Kuressaare_kinnistusamet, lk 13
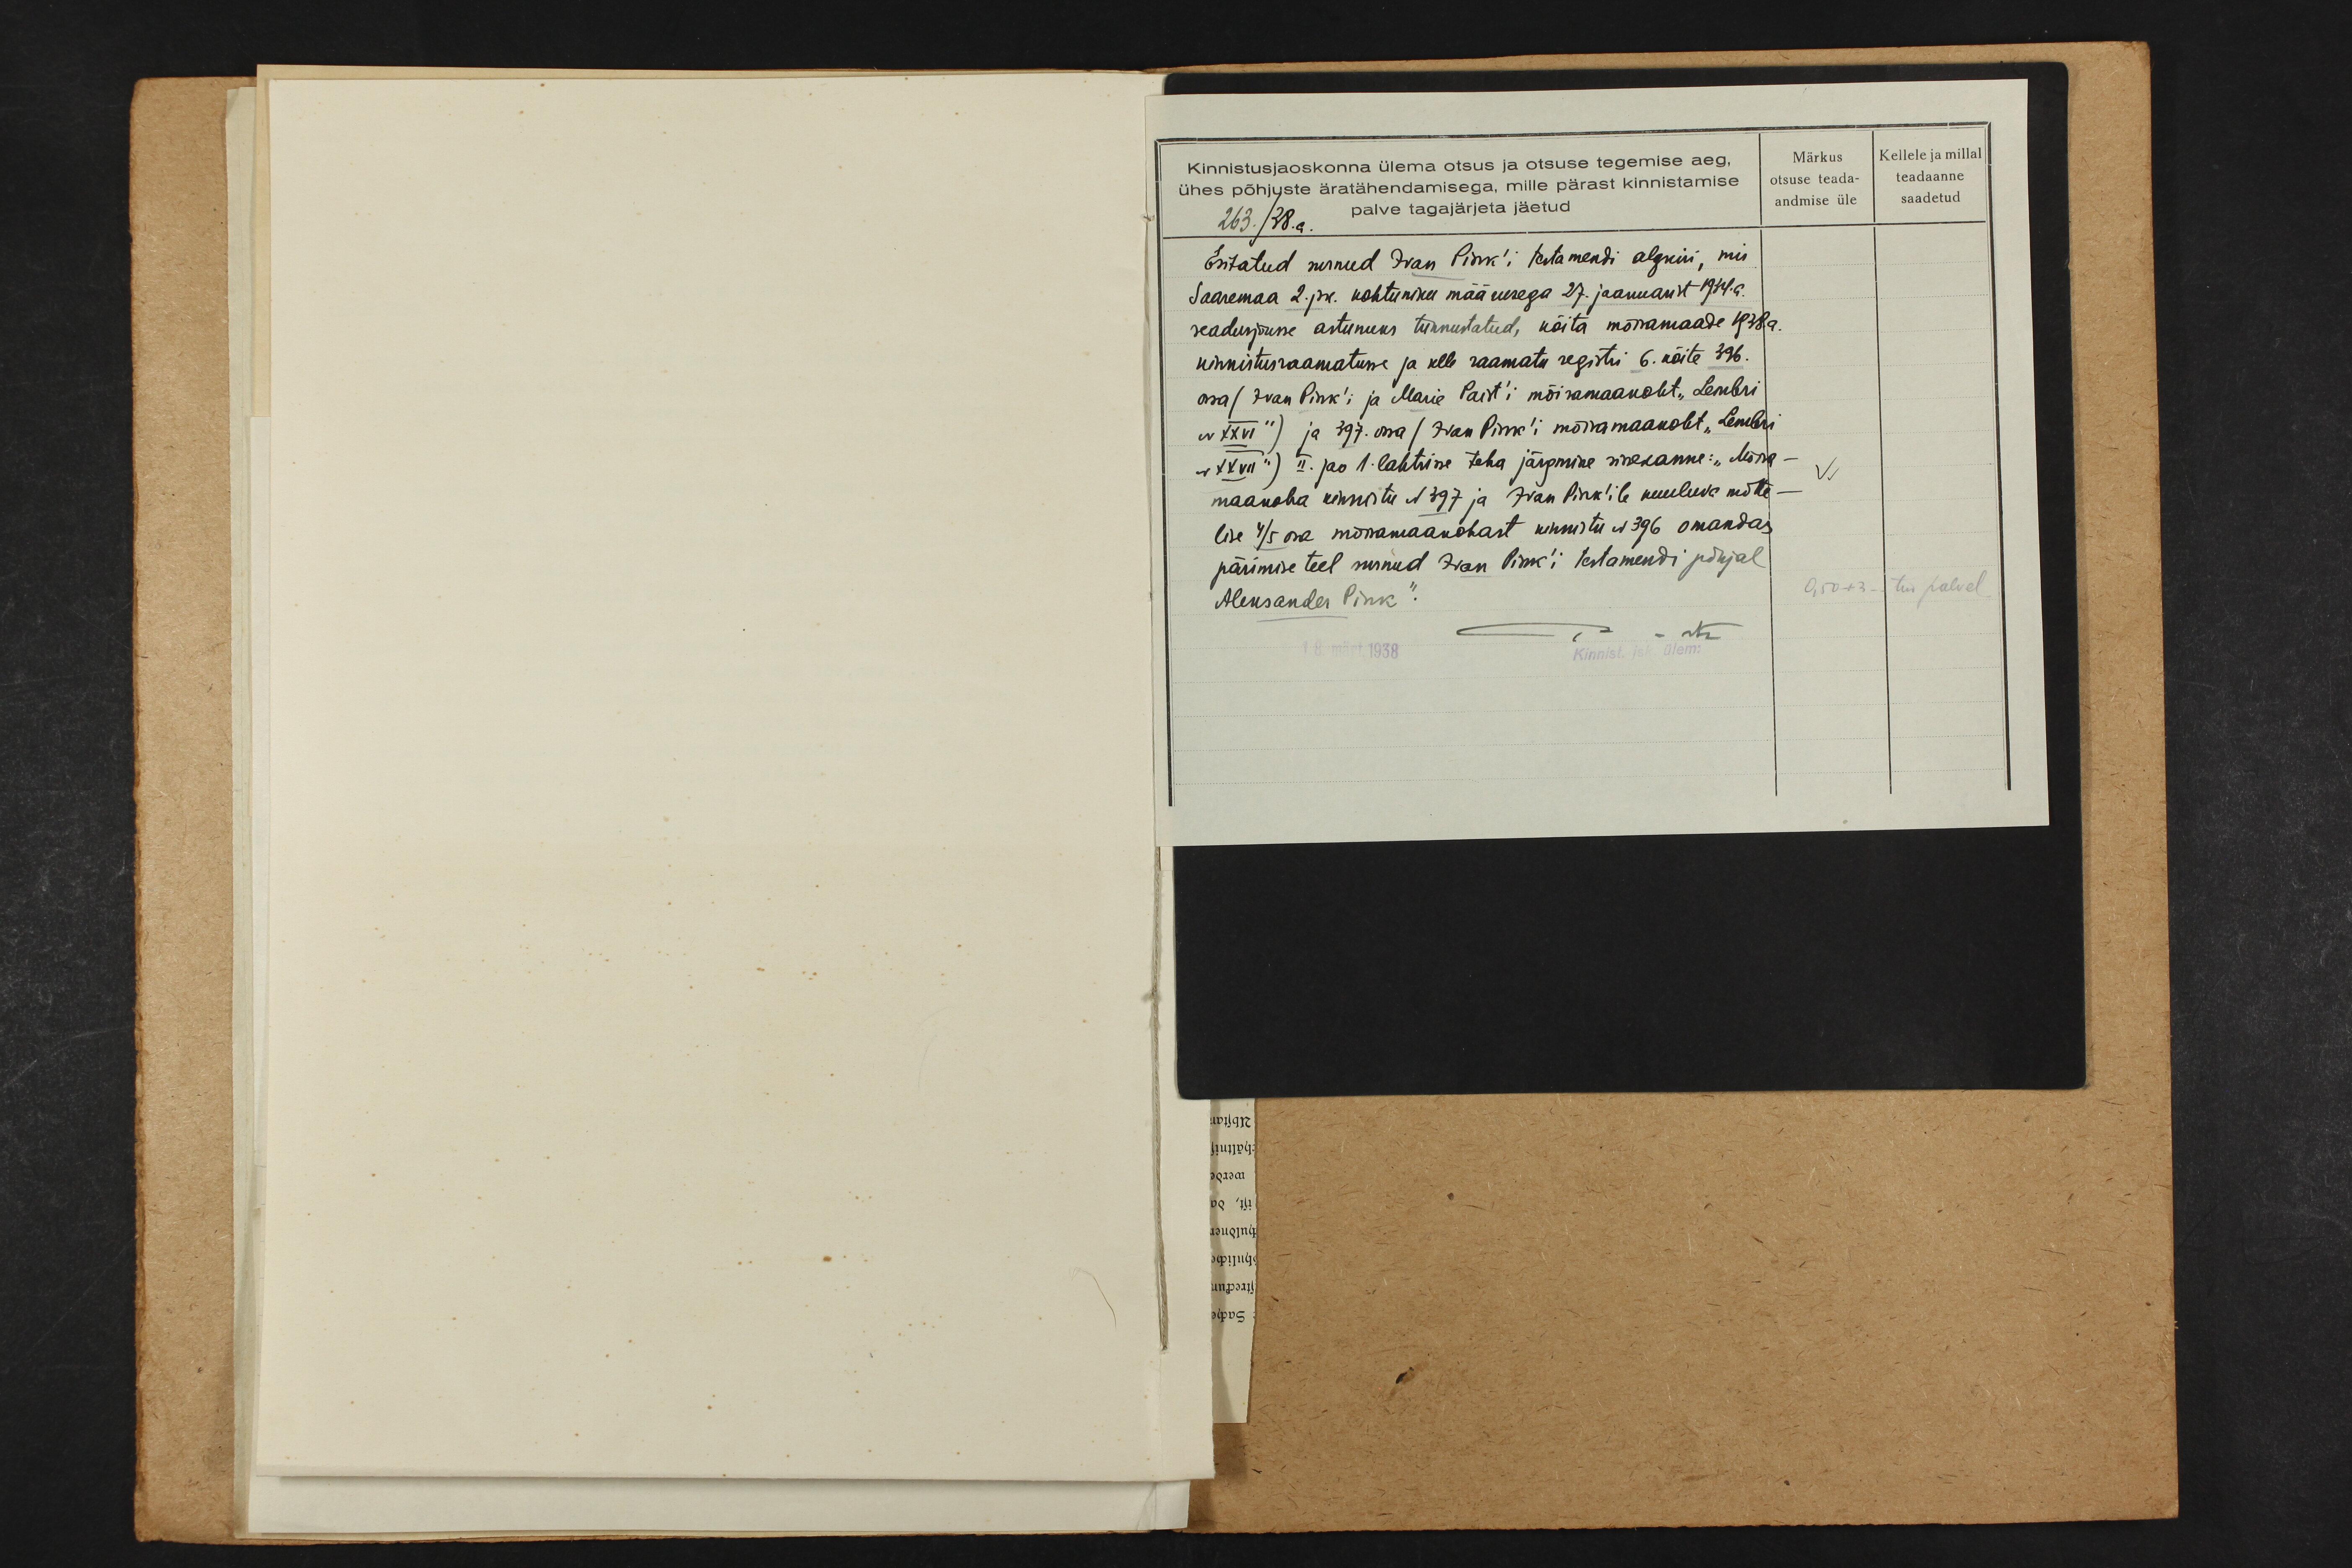
Kinnistusjaoskonna ülema otsus ja otsuse tegemise aeg.
Märkus
Kellele ja millal
ühes põhjuste äratähendamisega, mille pärast kinnistamise
otsuse teada
teadaanne
andmise üle
saadetud
263./28.a. palve tagajärjeta jäetud
Esitatud surnud Ivan Pink'i testamendi algkiri, mis
Saaremaa 2. jsk. kohtuniku määrusega 27. jaanuarist 1914. a.
seadusjõusse astunuks tunnustatud, köita mõisamaade 1938. a.
kinnistusraamatusse ja selle raamatu registri 6. köite 396.
osa (Ivan Pink'i ja Marie Paist'i mõisamaakoht "Lembri
N XXVI") ja 397. ossa (Ivan Pink'i mõisamaakoht "Lembri-
N XVII") II. jao 1. lahtrisse teha järgmine sissekanne: "Mõisa-
maakoha kinnistu N 397 ja Ivan Pink'ile kuuluva mõtte-
lise 4/5 osa mõisamaakohast kinnistu N 396 omandas
pärimise teel surnud Iwan Pink'i testamendi põhjal.
Aleksander Pink,
O,50+3-- tud palvel